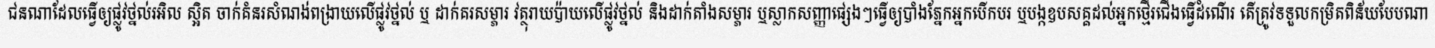
ជនណាដែលធ្វើឲ្យផ្លូវថ្នល់រអិល ស្អិត ចាក់គំនរសំណង់ពង្រាយលើផ្លូវថ្នល់ ឬ ដាក់គរសម្ភារ វត្ថុរាយប៉ាយលើផ្លូវថ្នល់ និងដាក់តាំងសម្ភារ ឬស្លាកសញ្ញាផ្សេងៗធ្វើឲ្យបាំងភ្នែកអ្នកបើកបរ ឬបង្កឧបសគ្គដល់អ្នកថ្មើរជើងធ្វើដំណើរ តើត្រូវទទួលកម្រិតពិន័យបែបណា